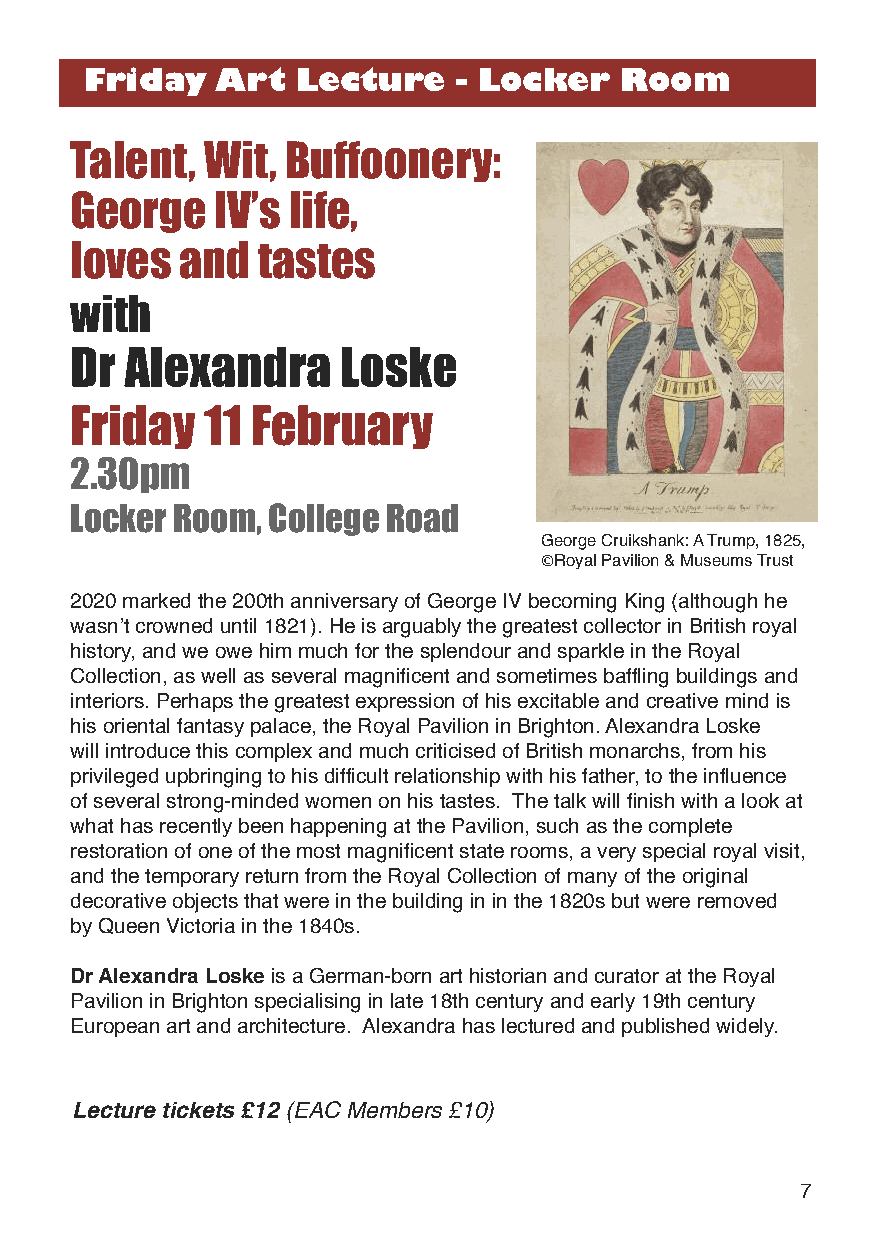
Friday  Art   Lecture   - Locker   Room
 Talent, Wit,  Buffoonery:
 George   IV’s life,
 loves  and  tastes
 with
 Dr Alexandra      Loske
 Friday   11 February
 2.30pm
 Locker Room, College Road
 George Cruikshank: A Trump, 1825,
 Royal Pavilion & Museums Trust
 2020 marked the 200th anniversary of George IV becoming King (although he
 wasn’t crowned until 1821). He is arguably the greatest collector in British royal
 history, and we owe him much for the splendour and sparkle in the Royal
 Collection, as well as several magnificent and sometimes baffling buildings and
 interiors. Perhaps the greatest expression of his excitable and creative mind is
 his oriental fantasy palace, the Royal Pavilion in Brighton. Alexandra Loske
 will introduce this complex and much criticised of British monarchs, from his
 privileged upbringing to his difficult relationship with his father, to the influence
 of several strong-minded women on his tastes. The talk will finish with a look at
 what has recently been happening at the Pavilion, such as the complete
 restoration of one of the most magnificent state rooms, a very special royal visit,
 and the temporary return from the Royal Collection of many of the original
 decorative objects that were in the building in in the 1820s but were removed
 by Queen Victoria in the 1840s.
 Dr alexandra loskeis a German-born art historian and curator at the Royal
 Pavilion in Brighton specialising in late 18th century and early 19th century
 European art and architecture. Alexandra has lectured and published widely.
 Lecture tickets £12 (EAC Members £10)
 7